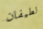
لطيفان